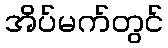
အိပ်မက်တွင်